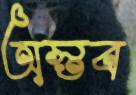
অস্তব